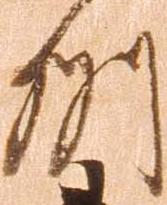
州